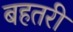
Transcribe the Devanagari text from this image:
बहतरी